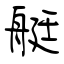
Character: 艇